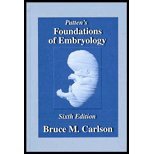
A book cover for Foundations of Embryology by Carlson,Bruce M. [1996,6th Edition.] Hardcover; Carlson; Medical Books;